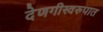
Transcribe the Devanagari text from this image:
देणगीस्वरुपात